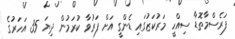
ފަރެސްމާތޮޑާ ސިއްހީ މަރުކަޒުގައި ޑެންގީ އަށް ފަރުވާ ކުރަމުން ދިޔަ 35 އަހަރުގެ